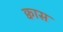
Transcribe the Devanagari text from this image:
क्वास